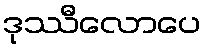
ဒုဿီလောပေ